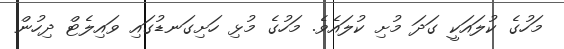
މަހުގެ ކުލައަކީ ގަދަ މުށި ކުލައެވެ. މަހުގެ މުޅި ހަށިގަނޑުގައި ވައިލެޓް ދިހުން